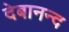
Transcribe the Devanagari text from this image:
देबानन्द